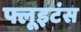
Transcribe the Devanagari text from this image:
फ्लूइटंस